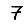
Digit: 7